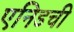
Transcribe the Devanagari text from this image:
एनिडची